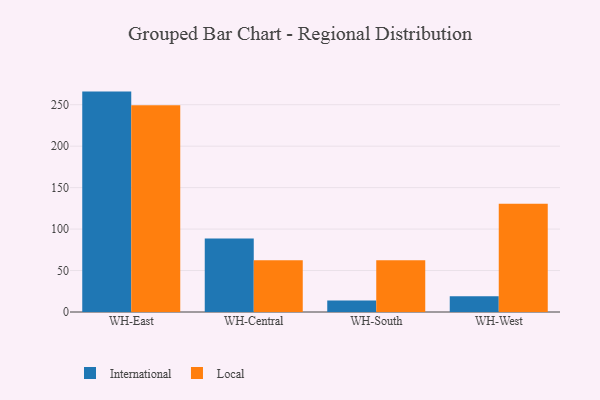
{"axis": {"x": "Warehouse", "y": "Bounce Rate (%)"}, "legend": ["International", "Local"], "data": [{"x": "WH-East", "y": 265.8, "type": "International"}, {"x": "WH-East", "y": 249.3, "type": "Local"}, {"x": "WH-Central", "y": 88.5, "type": "International"}, {"x": "WH-Central", "y": 62.4, "type": "Local"}, {"x": "WH-South", "y": 13.8, "type": "International"}, {"x": "WH-South", "y": 62.4, "type": "Local"}, {"x": "WH-West", "y": 19.0, "type": "International"}, {"x": "WH-West", "y": 130.5, "type": "Local"}]}